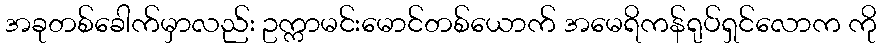
အခုတစ်ခေါက်မှာလည်း ဥက္ကာမင်းမောင်တစ်ယောက် အမေရိကန်ရုပ်ရှင်လောက ကို